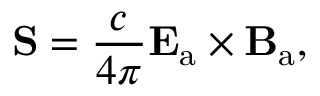
\mathbf { S } = { \frac { c } { 4 \pi } } \mathbf { E } _ { \mathrm { a } } \times \mathbf { B } _ { \mathrm { a } } ,